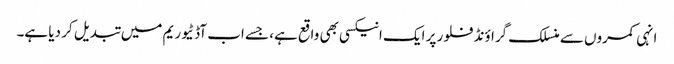
انہی کمروں سے منسلک گراؤنڈ فلور پر ایک انیکسی بھی واقع ہے، جسے اب آڈٹیوریم میں تبدیل کر دیا ہے۔